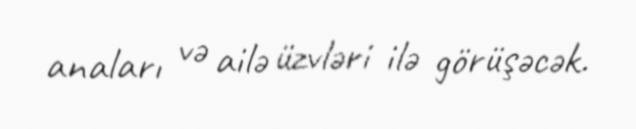
anaları və ailə üzvləri ilə görüşəcək.